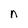
Character: n